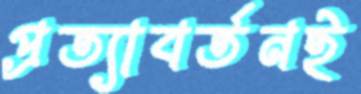
প্রত্যাবর্তনই